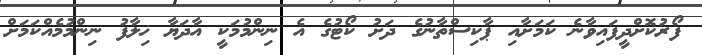
ފޯރުކޮށްދީފައިވާނެ ކަމަށާއި ޕާކިސްތާނުގެ ދަށު ކޯޓުގެ އެ ނިންމުމަކީ އާދަޔާ ޚިލާފު ނިންމުމެއްކަމަށް